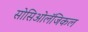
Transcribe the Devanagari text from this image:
सोसिओलॅजिकल